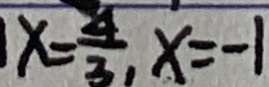
x = \frac { 4 } { 3 } , x = - 1